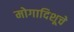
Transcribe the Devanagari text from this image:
मोगादिशूचे